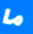
ما